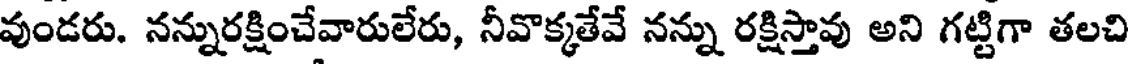
వుండరు. నన్నురక్షించేవారులేరు, నీవొక్కతేవే నన్ను రక్షిస్తావు అని గట్టిగా తలచి